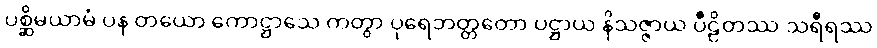
ပစ္ဆိမယာမံ ပန တယော ကောဋ္ဌာသေ ကတွာ ပုရေဘတ္တတော ပဋ္ဌာယ နိသဇ္ဇာယ ပီဠိတဿ သရီရဿ